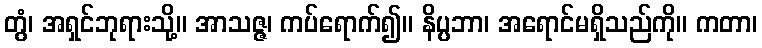
တွံ၊ အရှင်ဘုရားသို့။ အာသဇ္ဇ၊ ကပ်ရောက်၍။ နိပ္ပဘာ၊ အရောင်မရှိသည်ကို။ ကတာ၊